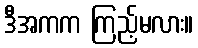
ဒီအကက ကြည့်မလား။